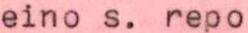
eino s. repo